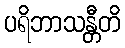
ပရိဘာသန္တီတိ